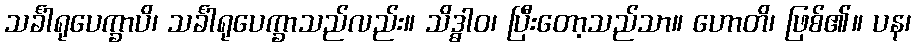
သင်္ခါရုပေက္ခာပိ၊ သင်္ခါရုပေက္ခာသည်လည်း။ သိဒ္ဓါဝ၊ ပြီးတော့သည်သာ။ ဟောတိ၊ ဖြစ်၏။ ပန၊